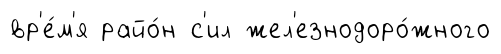
вр'е́м'я райо́н с'ил жел'езнодоро́жного